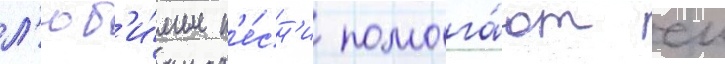
л'юб'и́мые п'е́сн'и помога́ют еи